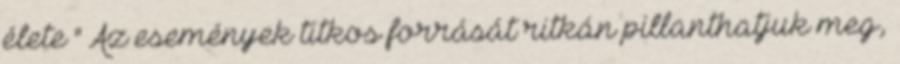
élete " Az események titkos forrását ritkán pillanthatjuk meg,